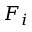
F _ { i }